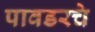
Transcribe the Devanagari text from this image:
पावडरचे